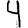
Digit: 4